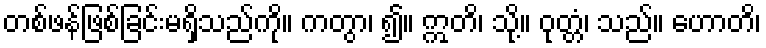
တစ်ဖန်ဖြစ်ခြင်းမရှိသည်ကို။ ကတွာ၊ ၍။ ဣတိ၊ သို့။ ဝုတ္တံ၊ သည်။ ဟောတိ၊